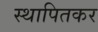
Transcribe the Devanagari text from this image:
स्थापितकर